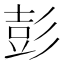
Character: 彭